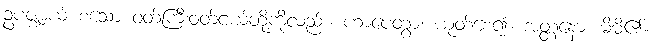
ဥပဇ္ဈာယ် စသော ဝတ်ကြီးဝတ်ငယ်တို့ကိုလည်း။ ဟာပေတွာ၊ ယုတ်စေ၍။ အတ္တနော၊ မိမိ၏။